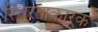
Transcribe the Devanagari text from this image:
स्थिरताकारक